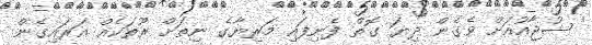
' ޝުޖާއުއަށް ވެގެން ދިޔަ ގޮތް ފެނިފައި މަރިޔާގެ ނިތަށް ރޫތަކެއް އަރައިގެން